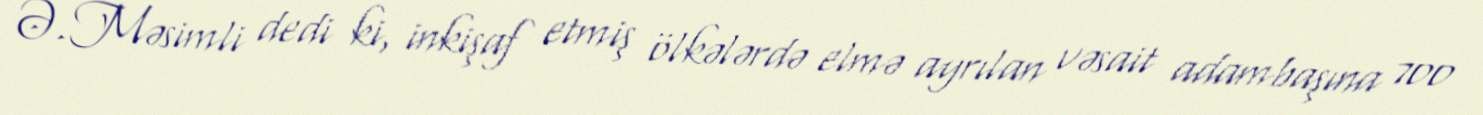
Ə.Məsimli dedi ki, inkişaf etmiş ölkələrdə elmə ayrılan vəsait adambaşına 700